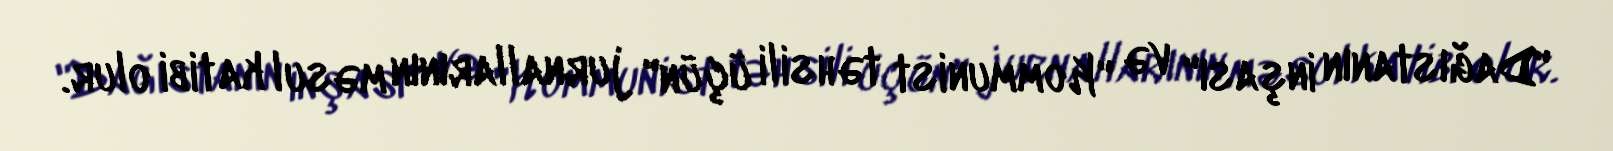
"Dağıstanın inşası" və "Kommunist təhsili üçün" jurnallarının məsul katibi olur.